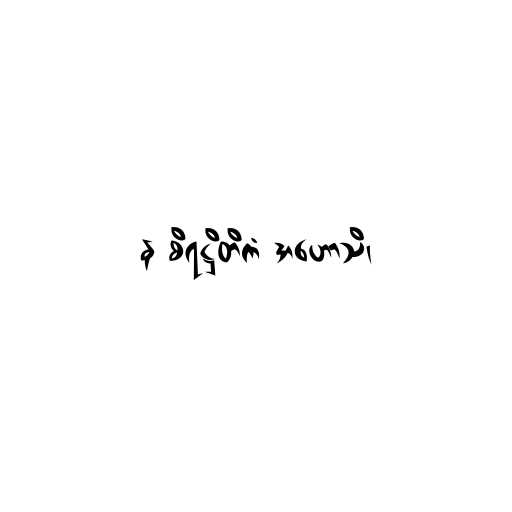
န စိရဋ္ဌိတိကံ အဟောသိ၊